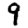
Digit: 9